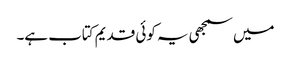
میں سمجھی یہ کوئی قدیم کتاب ہے۔